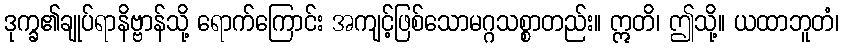
ဒုက္ခ၏ချုပ်ရာနိဗ္ဗာန်သို့ ရောက်ကြောင်း အကျင့်ဖြစ်သောမဂ္ဂသစ္စာတည်း။ ဣတိ၊ ဤသို့။ ယထာဘူတံ၊